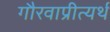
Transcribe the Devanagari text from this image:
गौरवाप्रीत्यर्थ